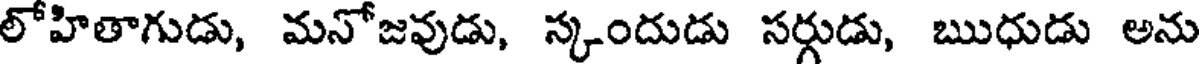
లోహితాగుడు, మనోజవుడు, స్కందుడు సర్గుడు, ఋధుడు అను